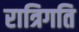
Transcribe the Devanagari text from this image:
रात्रिगति